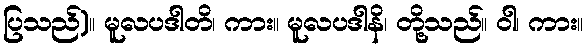
ပြသည်)။ မူလပဒါတိ၊ ကား။ မူလပဒါနိ၊ တို့သည်။ ဝါ၊ ကား။